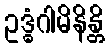
ဥဒ္ဓံဂါမိနိန္တိ